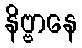
နိဗ္ဗာနေ